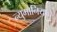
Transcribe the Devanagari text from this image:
न्युमोनियाचे